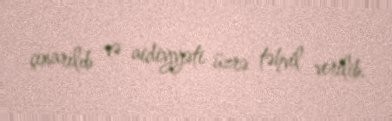
çıxarılıb və aidiyyəti üzrə təhvil verilib.